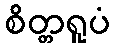
စိတ္တရူပံ